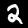
Label: 2